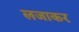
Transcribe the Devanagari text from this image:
लजाकर